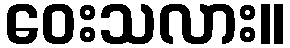
ဝေးသလား။